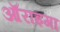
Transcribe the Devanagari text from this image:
ऑराइगा